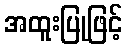
အထူးပြုဖြင့်